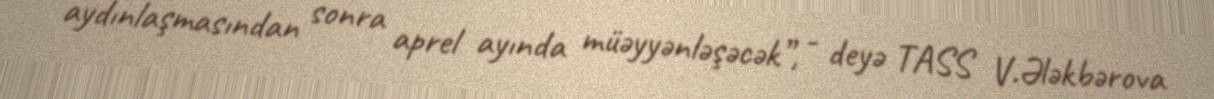
aydınlaşmasından sonra aprel ayında müəyyənləşəcək”, - deyə TASS V.Ələkbərova